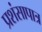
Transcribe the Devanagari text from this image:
प्रशंसापात्र